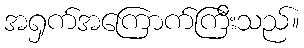
အရှက်အကြောက်ကြီးသည်။